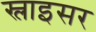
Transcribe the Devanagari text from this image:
स्लाइसर